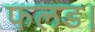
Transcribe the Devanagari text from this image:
फलड।